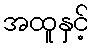
အထူနှင့်